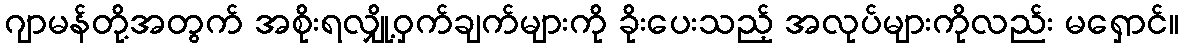
ဂျာမန်တို့အတွက် အစိုးရလျှို့ဝှက်ချက်များကို ခိုးပေးသည့် အလုပ်များကိုလည်း မရှောင်။